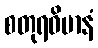
စတုရဝိမာနံ